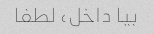
بیا داخل، لطفا